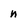
Character: n